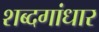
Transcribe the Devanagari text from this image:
शब्दगांधार